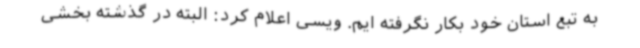
به تبع استان خود بکار نگرفته ایم. ویسی اعلام کرد: البته در گذشته بخشی